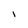
Character: I